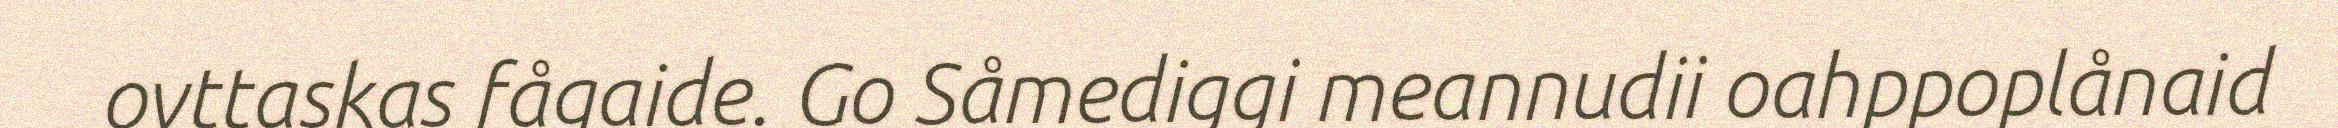
ovttaskas fågaide. Go Såmediggi meannudii oahppoplånaid